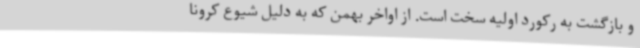
و بازگشت به رکورد اولیه سخت است. از اواخر بهمن که به دلیل شیوع کرونا